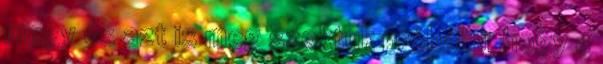
megy és azt is meg szoktuk próbálni, hogy a